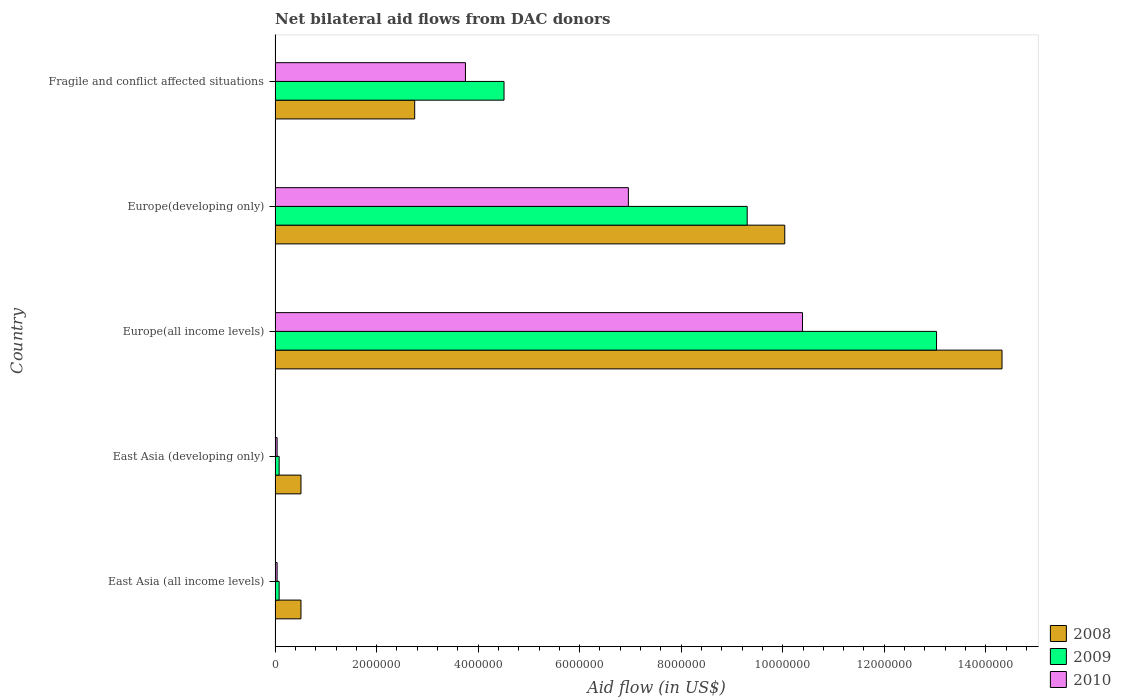
| Country | 2008 | 2009 | 2010 |
 | --- | --- | --- | --- |
 | East Asia (all income levels) | 5.1e+05 | 8e+04 | 4e+04 |
 | East Asia (developing only) | 5.1e+05 | 8e+04 | 4e+04 |
 | Europe(all income levels) | 1.43e+07 | 1.3e+07 | 1.04e+07 |
 | Europe(developing only) | 1e+07 | 9.3e+06 | 6.96e+06 |
 | Fragile and conflict affected situations | 2.75e+06 | 4.51e+06 | 3.75e+06 |